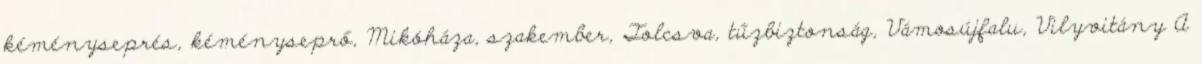
kéményseprés, kéményseprő, Mikóháza, szakember, Tolcsva, tűzbiztonság, Vámosújfalu, Vilyvitány A